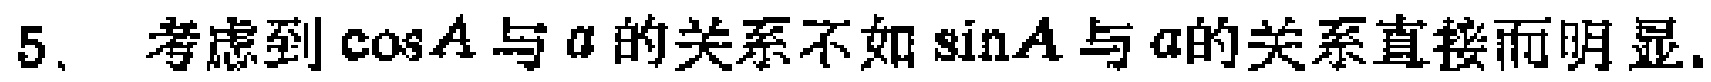
5. 考虑到\(\cos A\)与\(a\)的关系不如\(\sin A\)与\(a\)的关系直接而明显.